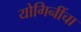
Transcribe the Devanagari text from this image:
योगिनींचा